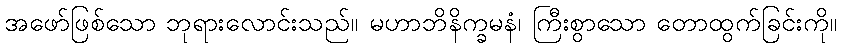
အဖော်ဖြစ်သော ဘုရားလောင်းသည်။ မဟာဘိနိက္ခမနံ၊ ကြီးစွာသော တောထွက်ခြင်းကို။